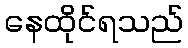
နေထိုင်ရသည်